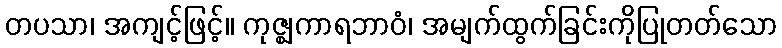
တပသာ၊ အကျင့်ဖြင့်။ ကုဇ္ဈကာရဘာဝံ၊ အမျက်ထွက်ခြင်းကိုပြုတတ်သော